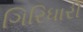
ગિરિધારી